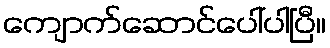
ကျောက်ဆောင်ပေါ်ပါပြီ။